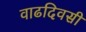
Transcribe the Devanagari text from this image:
वाढदिवसी